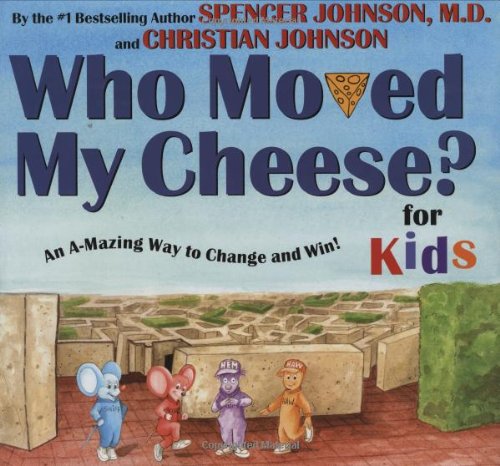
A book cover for WHO MOVED MY CHEESE? for Kids; Spencer Johnson; Children's Books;